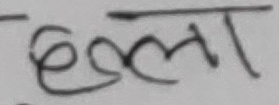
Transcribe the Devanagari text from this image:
छुट्टिला